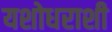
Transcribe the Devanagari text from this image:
यशोधराशी